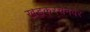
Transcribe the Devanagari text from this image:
खडकरचनेवर